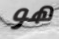
هو